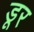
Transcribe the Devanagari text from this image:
डूर